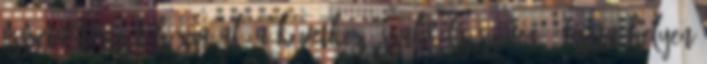
összetartozását húzza alá a következő szakrális szöveg: "Tiszta helyen